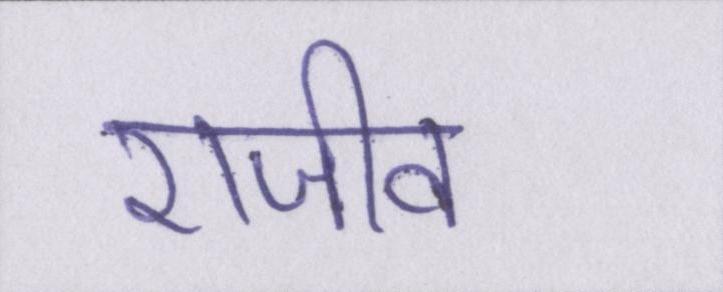
राजीव